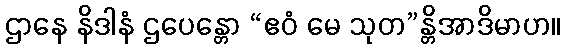
ဌာနေ နိဒါနံ ဌပေန္တော “ဧဝံ မေ သုတ”န္တိအာဒိမာဟ။